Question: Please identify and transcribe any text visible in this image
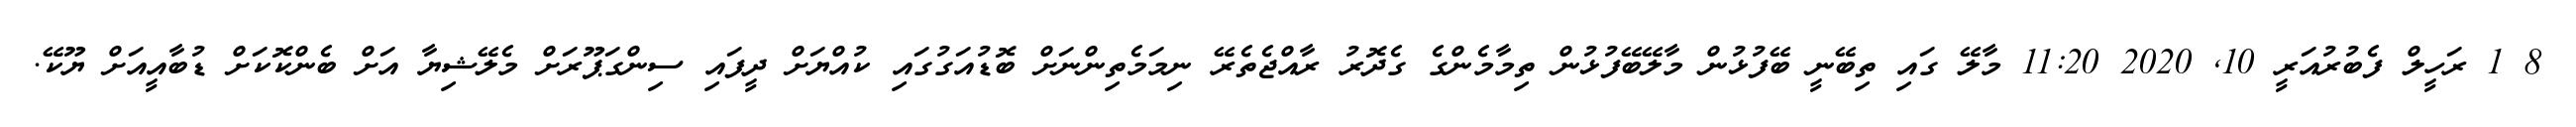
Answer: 8 1 ރަހީލް ފެބުރުއަރީ 10, 2020 11:20 މާލޭ ގައި ތިބޭނީ ބޭފުޅުން މާލޭބޭފުޅުން ތިމާމެންގެ ގެދޮރު ރާއްޖެތެރޭ ނިމަމެތިންނަށް ބޮޑުއަގުގައި ކުއްޔަށް ދީފައި ސިންގަޕޫރަށް މެލޭޝިޔާ އަށް ބެންކޮކަށް ޑުބާއީއަށް ޔޫކޭ.